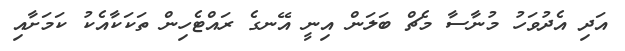
އަދި އެދުވަހު މުނާސާ މެޗް ބަލަން އިނީ އޭނގެ ރައްޓެހިން ތަކަކާއެކު ކަމަށާއި